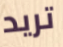
تريد